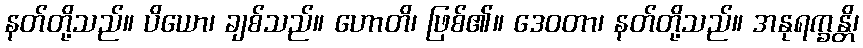
နတ်တို့သည်။ ပိယော၊ ချစ်သည်။ ဟောတိ၊ ဖြစ်၏။ ဒေဝတာ၊ နတ်တို့သည်။ အနုရက္ခန္တိ၊